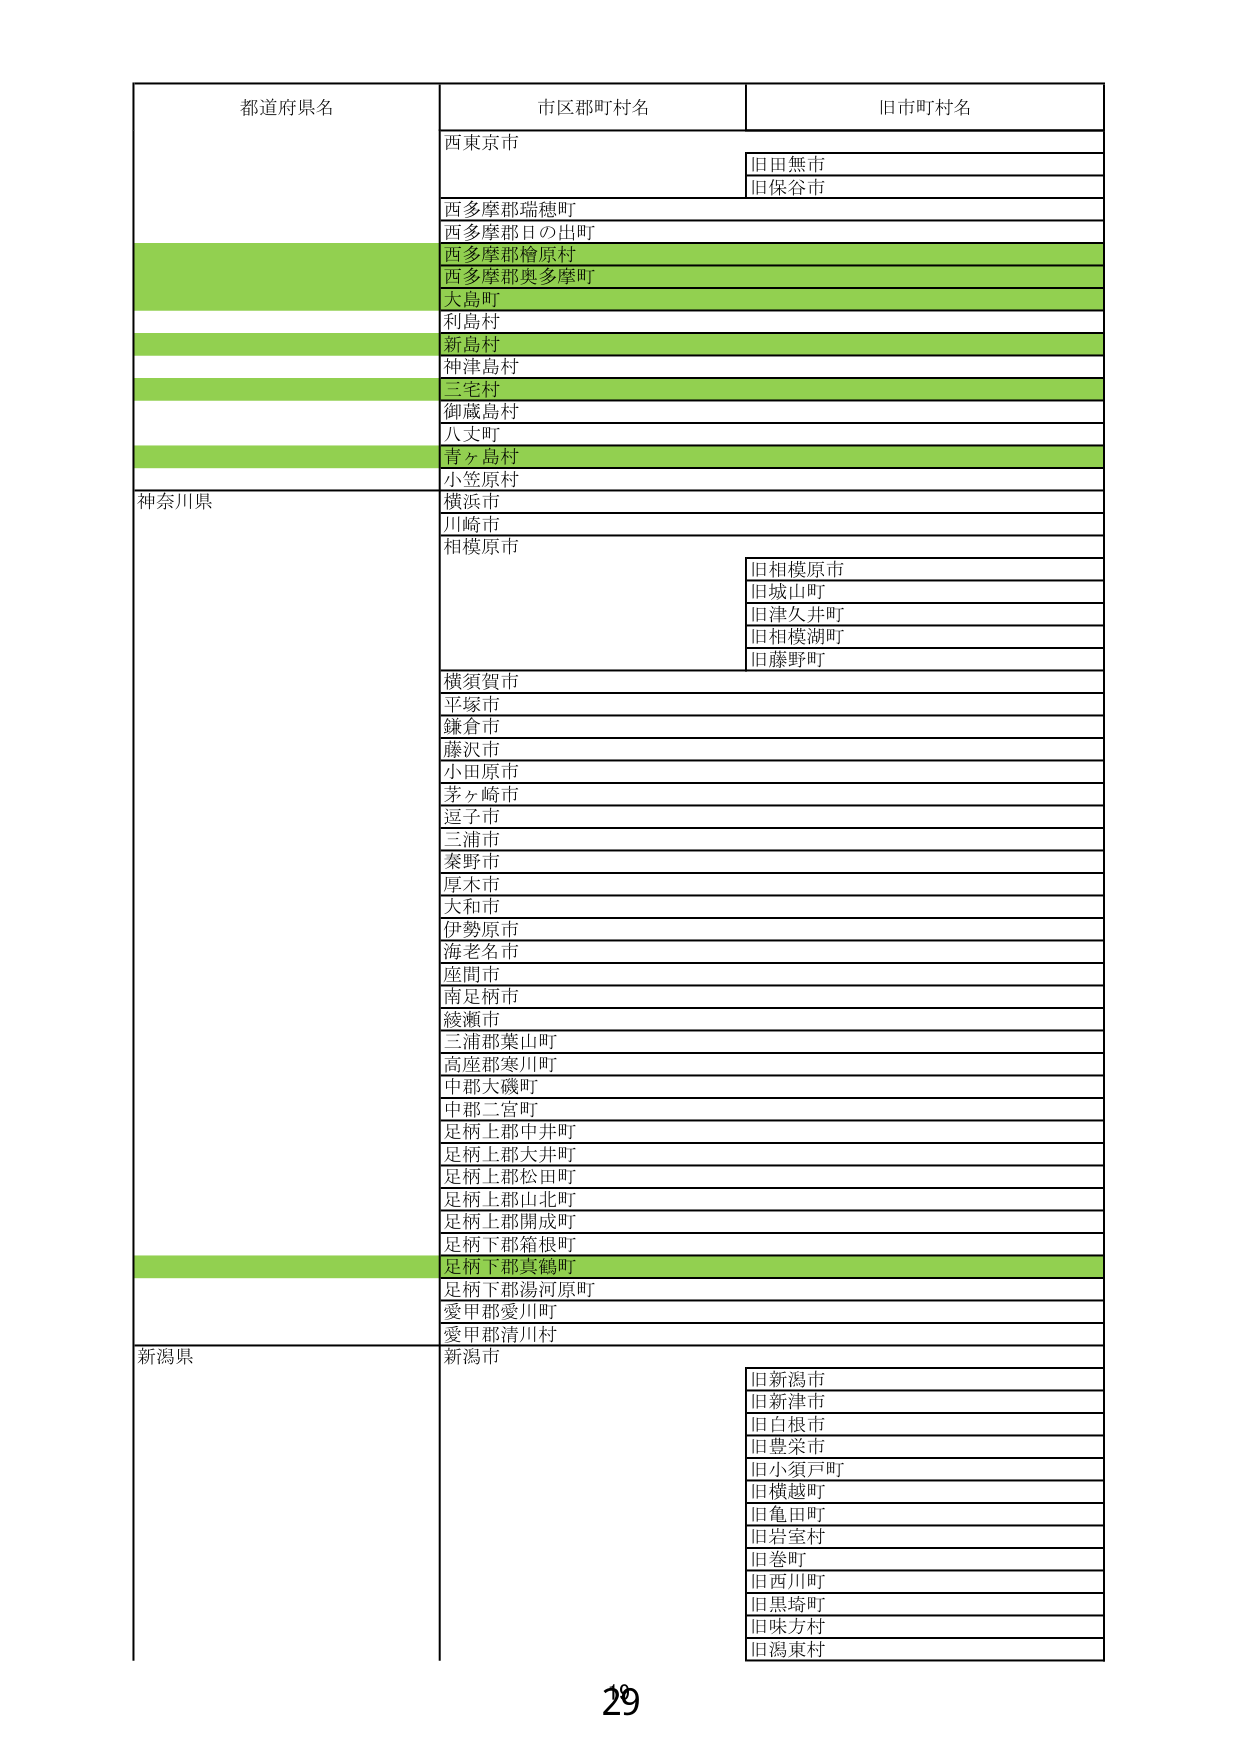
都道府県名 市区郡町村名 旧市町村名
西東京市
旧田無市
旧保谷市
西多摩郡瑞穂町
西多摩郡日の出町
西多摩郡檜原村
西多摩郡奥多摩町
大島町
利島村
新島村
神津島村
三宅村
御蔵島村
八丈町
青ヶ島村
小笠原村
神奈川県
横浜市
川崎市
相模原市
旧相模原市
旧城山町
旧津久井町
旧相模湖町
旧藤野町
横須賀市
平塚市
鎌倉市
藤沢市
小田原市
茅ヶ崎市
逗子市
三浦市
秦野市
厚木市
大和市
伊勢原市
海老名市
座間市
南足柄市
綾瀬市
三浦郡葉山町
高座郡寒川町
中郡大磯町
中郡二宮町
足柄上郡中井町
足柄上郡大井町
足柄上郡松田町
足柄上郡山北町
足柄上郡開成町
足柄下郡箱根町
足柄下郡真鶴町
足柄下郡湯河原町
愛甲郡愛川町
愛甲郡清川村
新潟県
新潟市
旧新潟市
旧新津市
旧白根市
旧豊栄市
旧小須戸町
旧横越町
旧亀田町
旧岩室村
旧巻町
旧西川町
旧黒埼町
旧味方村
旧潟東村
29